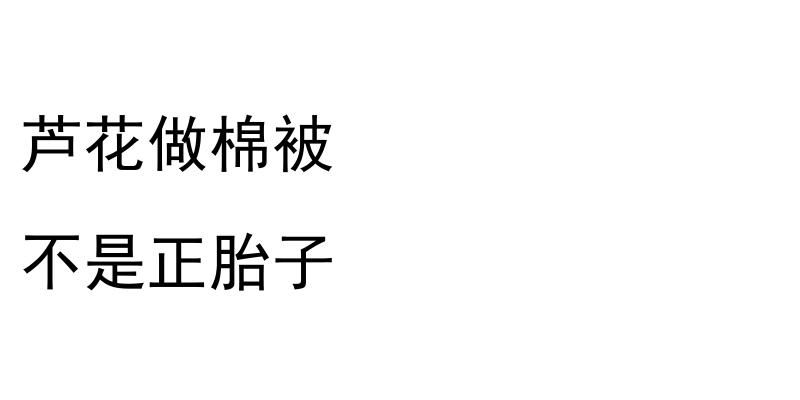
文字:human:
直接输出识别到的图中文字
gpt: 芦花做棉被 不是正胎子